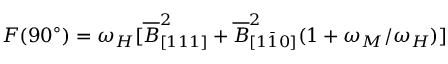
F ( 9 0 ^ { \circ } ) = \omega _ { H } [ \overline { { B } } _ { [ 1 1 1 ] } ^ { 2 } + \overline { { B } } _ { [ 1 \bar { 1 } 0 ] } ^ { 2 } ( 1 + \omega _ { M } / \omega _ { H } ) ]